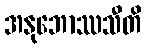
အနုဘောဿသီတိ